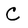
Character: C